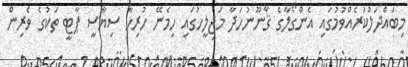
މިބައްދަލުކުރެއްވުމުގައި އެންގޯލާގެ ޤާނޫނުހަދާ މަޖިލީހުގައި ހިމެނޭ ހުރިހާ ސިޔާސީ ޕާޓީ ތަކުގެ ވެރިން